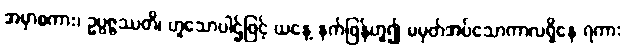
အမှာစကား၊ ဥပ္ပဇ္ဇဿတိ၊ ဟူသောပါဌ်ဖြင့် ယနေ့ နက်ဖြန်ဟူ၍ မမှတ်အပ်သောကာလရှိနေ ရကား